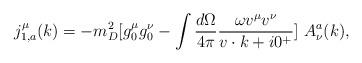
LaTeX: \begin{align*}j^\mu_{1,a}(k)=-m_D^2[g_0^\mu g_0^\nu-\int {d \Omega\over 4\pi}{\omega v^\mu v^\nu\over v\cdot k +i0^+} ]\ A_\nu^a(k),\end{align*}